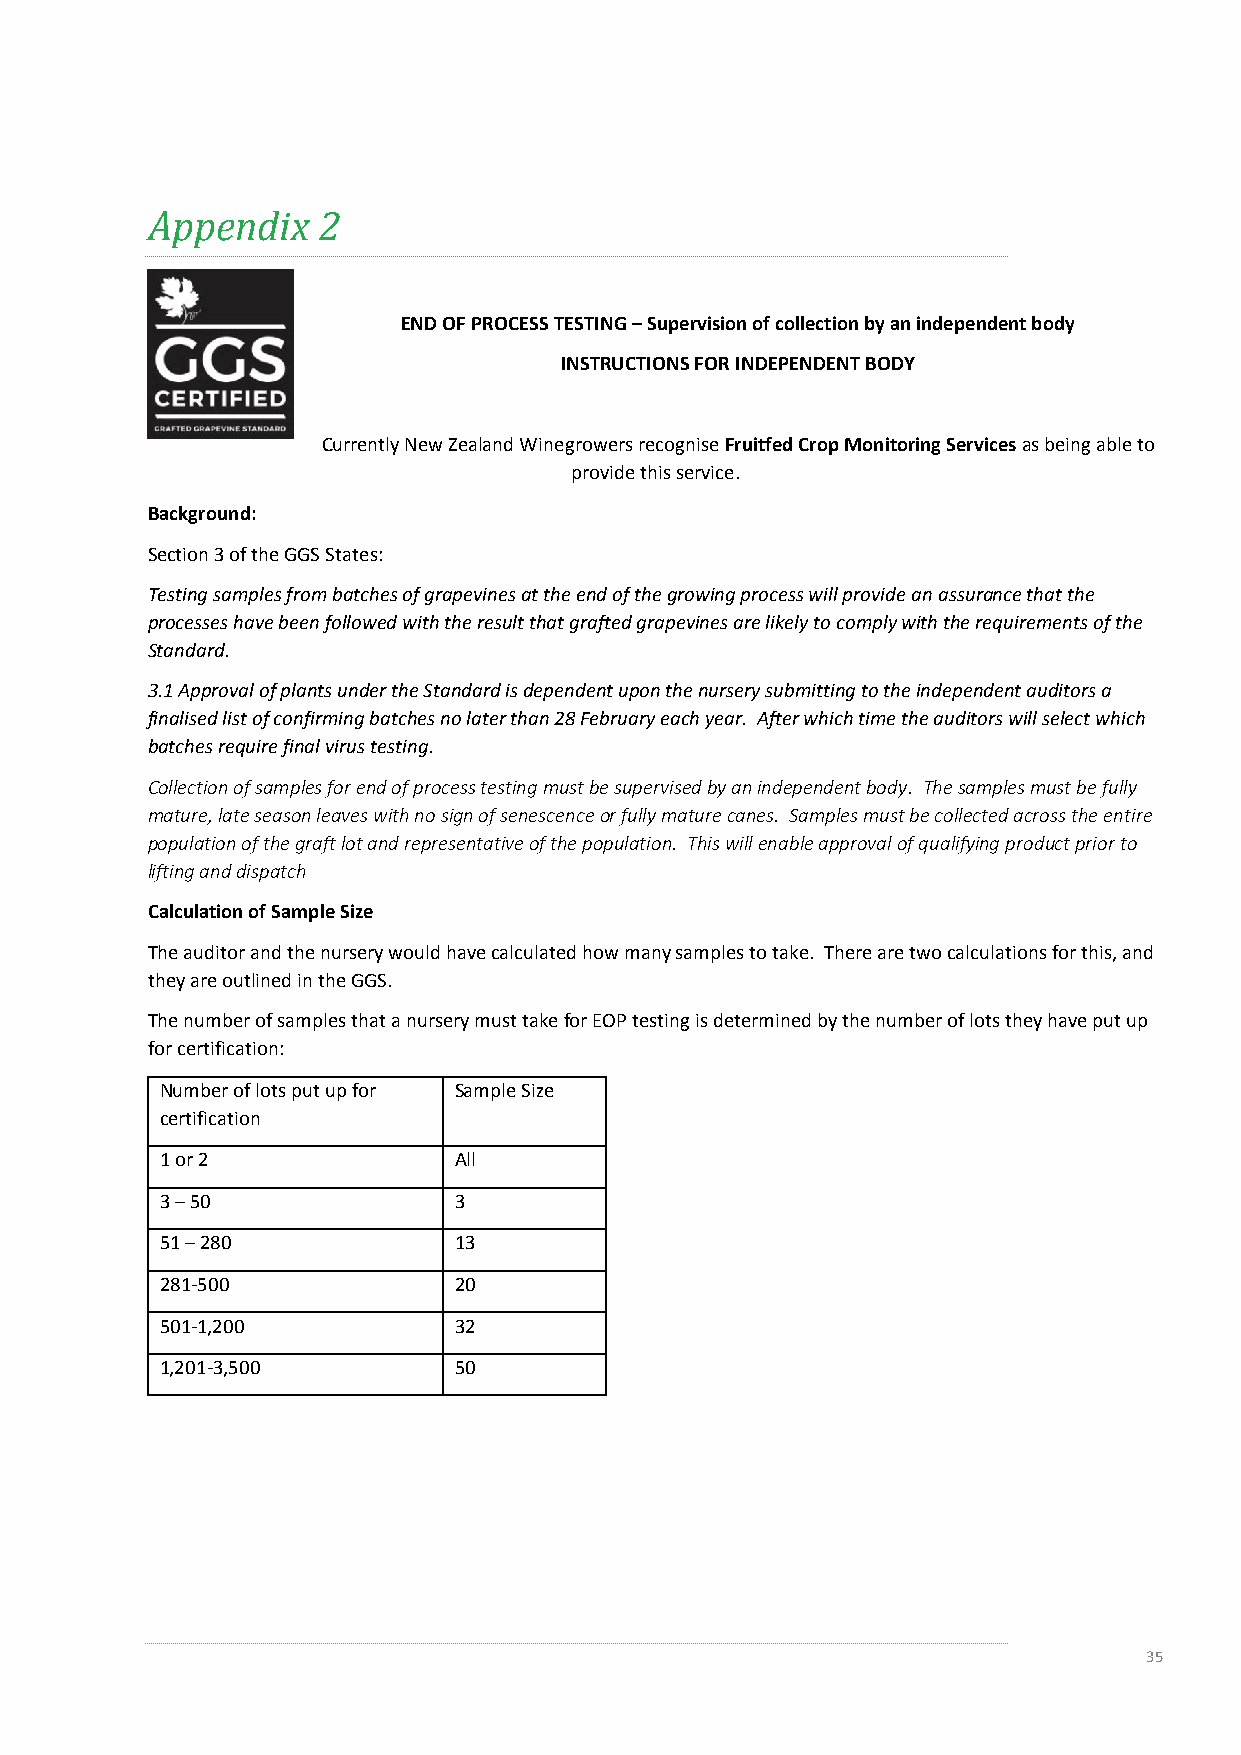
Appendix   2
 END OF PROCESS TESTING – Supervision of collection by an independent body
 INSTRUCTIONS FOR INDEPENDENT BODY
 Currently New Zealand Winegrowers recognise Fruitfed Crop Monitoring Services as being able to
 provide this service.
 Background:
 Section 3 of the GGS States:
 Testing samples from batches of grapevines at the end of the growing process will provide an assurance that the
 processes have been followed with the result that grafted grapevines are likely to comply with the requirements of the
 Standard.
 3.1 Approval of plants under the Standard is dependent upon the nursery submitting to the independent auditors a
 finalised list of confirming batches no later than 28 February each year. After which time the auditors will select which
 batches require final virus testing.
 Collection of samples for end of process testing must be supervised by an independent body. The samples must be fully
 mature, late season leaves with no sign of senescence or fully mature canes. Samples must be collected across the entire
 population of the graft lot and representative of the population. This will enable approval of qualifying product prior to
 lifting and dispatch
 Calculation of Sample Size
 The auditor and the nursery would have calculated how many samples to take. There are two calculations for this, and
 they are outlined in the GGS.
 The number of samples that a nursery must take for EOP testing is determined by the number of lots they have put up
 for certification:
 Number of lots put up for Sample Size
 certification
 1 or 2             All
 3 – 50             3
 51 – 280           13
 281-500            20
 501-1,200          32
 1,201-3,500        50
 35